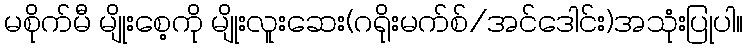
မစိုက်မီ မျိုးစေ့ကို မျိုးလူးဆေး(ဂရိုးမက်စ်/အင်ဒေါင်း)အသုံးပြုပါ။